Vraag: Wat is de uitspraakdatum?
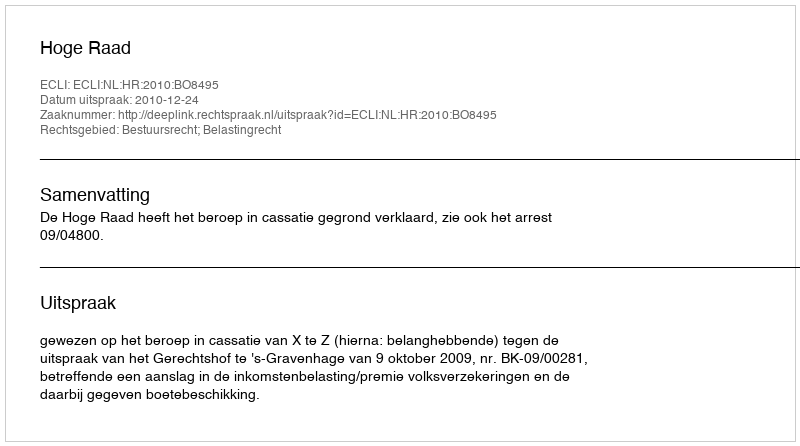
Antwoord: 2010-12-24